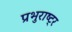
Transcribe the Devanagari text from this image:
प्रभुराष्ट्र